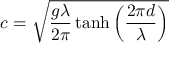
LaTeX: c = { \sqrt { { \frac { g \lambda } { 2 \pi } } \operatorname { t a n h } \left( { \frac { 2 \pi d } { \lambda } } \right) } }